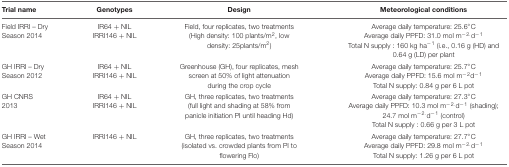
| Trial name | Genotypes | Design | Meteorological conditions |
 | --- | --- | --- | --- |
 | Field IRRI – Dry Season 2014 | IR64 + NIL IRRI146 + NIL | Field, four replicates, two treatments (High density: 100 plants/m2, low density: 25plants/m2) | Average daily temperature: 25.6°C Average daily PPFD: 31.0 mol m-2.d-1 Total N supply : 160 kg ha-1 (i.e., 0.16 g (HD) and 0.64 g (LD) per plant |
 | GH IRRI – Dry Season 2012 | IR64 + NIL IRRI146 + NIL | Greenhouse (GH), four replicates, mesh screen at 50% of light attenuation during the crop cycle | Average daily temperature: 25.7°C Average daily PPFD: 15.6 mol m-2d-1 Total N supply: 0.84 g per 6 L pot |
 | GH CNRS 2013 | IR64 + NIL IRRI146 + NIL | GH, three replicates, two treatments (full light and shading at 58% from panicle initiation PI until heading Hd) | Average daily temperature: 27.3°C Average daily PPFD: 10.3 mol m-2.d-1 (shading); 24.7 mol m-2.d-1 (control) Total N supply : 0.66 g per 3 L pot |
 | GH IRRI – Wet Season 2014 | IRRI146 + NIL | GH, three replicates, two treatments (isolated vs. crowded plants from PI to flowering Flo) | Average daily temperature: 27.7°C Average daily PPFD: 29.8 mol m-2.d-1 Total N supply: 1.26 g per 6 L pot |